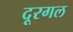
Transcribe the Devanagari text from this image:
दूरगल